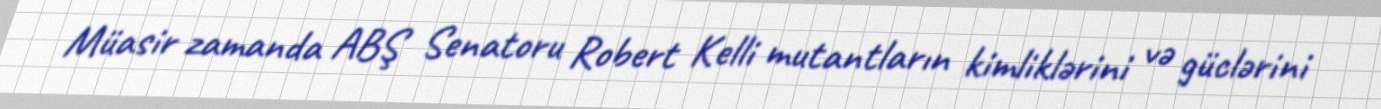
Müasir zamanda ABŞ Senatoru Robert Kelli mutantların kimliklərini və güclərini